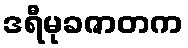
ဒရီမုခဇာတက